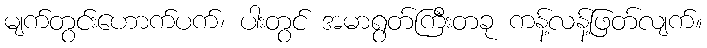
မျက်တွင်းဟောက်ပက်၊ ပါးတွင် အမာရွတ်ကြီးတခု ကန့်လန့်ဖြတ်လျက်။